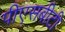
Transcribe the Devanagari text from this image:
पीएसबीटी